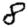
Digit: 8